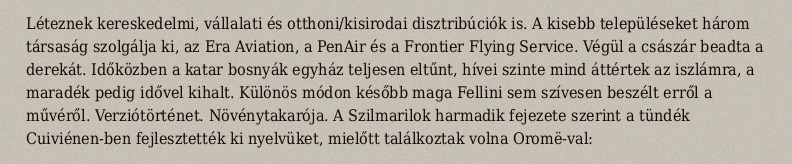
Léteznek kereskedelmi, vállalati és otthoni/kisirodai disztribúciók is. A kisebb településeket három társaság szolgálja ki, az Era Aviation, a PenAir és a Frontier Flying Service. Végül a császár beadta a derekát. Időközben a katar bosnyák egyház teljesen eltűnt, hívei szinte mind áttértek az iszlámra, a maradék pedig idővel kihalt. Különös módon később maga Fellini sem szívesen beszélt erről a művéről. Verziótörténet. Növénytakarója. A Szilmarilok harmadik fejezete szerint a tündék Cuiviénen-ben fejlesztették ki nyelvüket, mielőtt találkoztak volna Oromë-val: